Vaccination in Bombay 1863-1868 - 1863-1868
Year: 1863
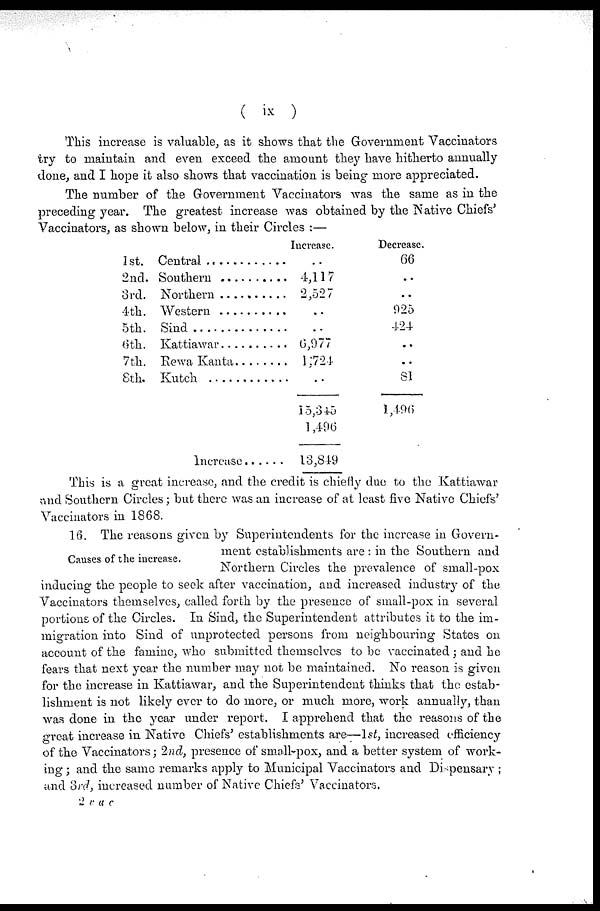
( ix )
This increase is valuable, as it shows that the Government Vaccinators
try to maintain and even exceed the amount they have hitherto annually
done, and I hope it also shows that vaccination is being more appreciated.
The number of the Government Vaccinators was the same as in the
preceding year. The greatest increase was obtained by the Native Chiefs'
Vaccinators, as shown below, in their Circles :—
1st.
2nd.
3rd.
4th
5th.
6th.
7th.
8th.
Central ..........
Southern ..........
Northern ..........
Western ...........
Sind ..............
Kattiawar ...........
Rewa Kanta .........
Kutch
Increase .......
Increase.
..
4,117
2,527
..
..
6,977
1,724
..
15,345
1,496
13,849
Decrease.
66
..
..
925
424
..
..
81
1,496
This is a great increase, and the credit is chiefly due to the Kattiawar
and Southern Circles; but there was an increase of at least five Native Chiefs'
Vaccinators in 1868.
Causes of the increase.
16. The reasons given by Superintendents for the increase in Govern-
ment establishments are : in the Southern and
Northern Circles the prevalence of small-pox
inducing the people to seek after vaccination, and increased industry of the
Vaccinators themselves, called forth by the presence of small-pox in several
portions of the Circles. In Sind, the Superintendent attributes it to the im-
migration into Sind of unprotected persons from neighbouring States on
account of the famine, who submitted themselves to be vaccinated ; and he
fears that next year the number may not be maintained. No reason is given
for the increase in Kattiawar, and the Superintendent thinks that the estab-
lishment is not likely ever to do more, or much more, work annually, than
was done in the year under report. I apprehend that the reasons of the
great increase in Native Chiefs' establishments are—1st, increased efficiency
of the Vaccinators; 2nd, presence of small-pox, and a better system of work-
ing ; and the same remarks apply to Municipal Vaccinators and Dispensary ;
and 3rd, increased number of Native Chiefs' Vaccinators.
2 vac